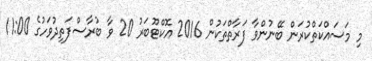
މި މަސައްކަތްކުރަން ބޭނުންވާ ފަރާތްތަކުން 2016 އޮކްޓޫބަރު 20 ވާ ބުރާސްފަތިދުވަހުގެ 11:00